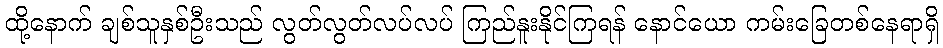
ထို့နောက် ချစ်သူနှစ်ဦးသည် လွတ်လွတ်လပ်လပ် ကြည်နူးနိုင်ကြရန် နောင်ယော ကမ်းခြေတစ်နေရာရှိ